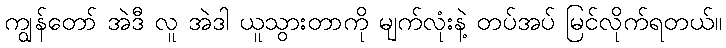
ကျွန်တော် အဲဒီ လူ အဲဒါ ယူသွားတာကို မျက်လုံးနဲ့ တပ်အပ် မြင်လိုက်ရတယ်။